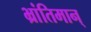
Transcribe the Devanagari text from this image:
भ्रांतिमान्